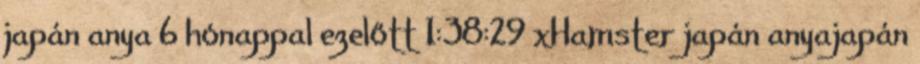
japán anya 6 hónappal ezelőtt 1:38:29 xHamster japán anyajapán